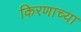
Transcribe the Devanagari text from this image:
किरणाच्या